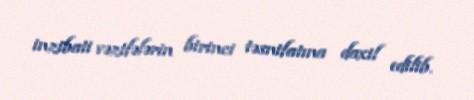
inzibati vəzifələrin birinci təsnifatına daxil edilib.